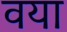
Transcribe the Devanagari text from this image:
वया